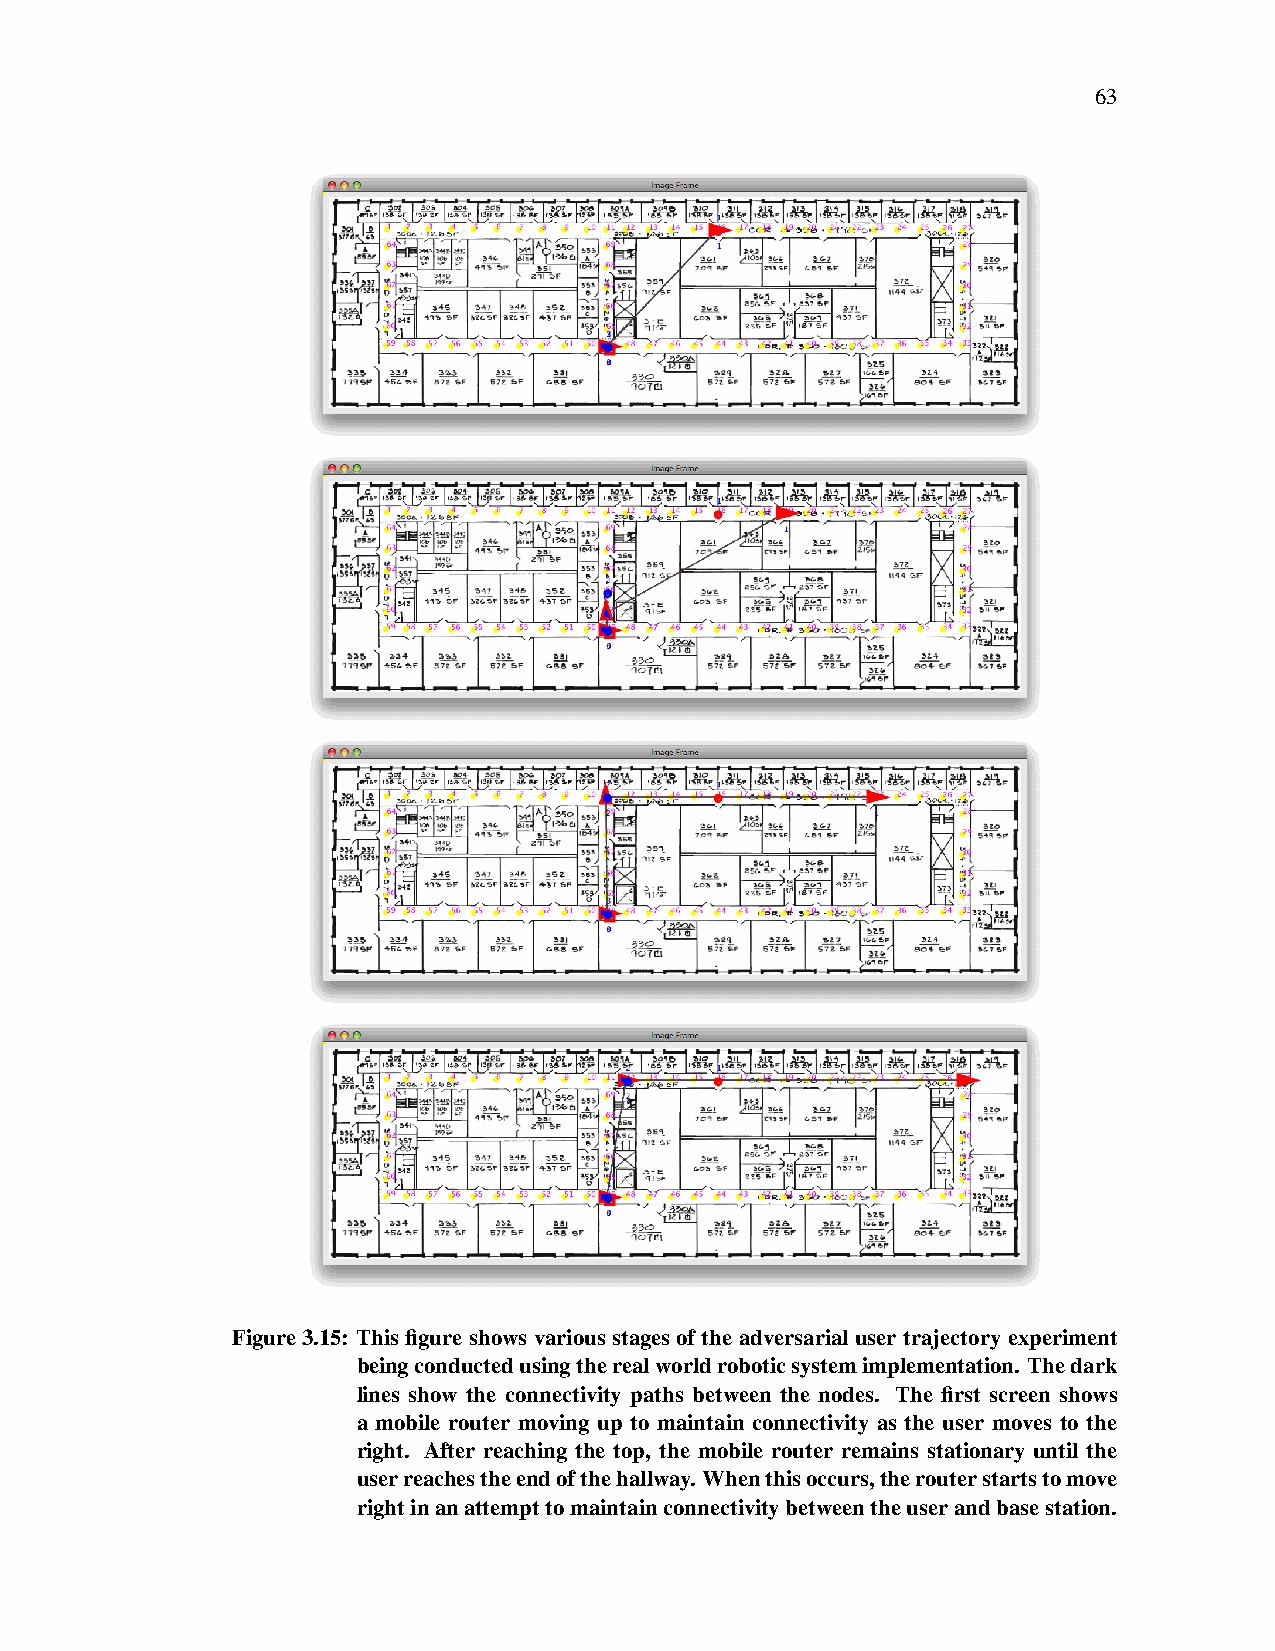
63
 Figure3.15: This figure shows various stages of the adversarial user trajectory experiment
 beingconductedusingtherealworldroboticsystemimplementation. Thedark
 lines show the connectivity paths between the nodes. The first screen shows
 a mobile router moving up to maintain connectivity as the user moves to the
 right. After reaching the top, the mobile router remains stationary until the
 userreachestheendofthehallway. Whenthisoccurs,therouterstartstomove
 rightinanattempttomaintainconnectivitybetweentheuserandbasestation.